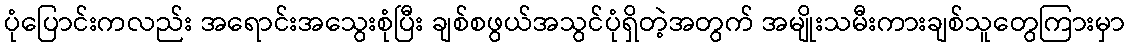
ပုံပြောင်းကလည်း အရောင်းအသွေးစုံပြီး ချစ်စဖွယ်အသွင်ပုံရှိတဲ့အတွက် အမျိုးသမီးကားချစ်သူတွေကြားမှာ